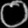
Digit: ၀